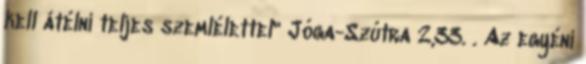
kell átélni teljes szemlélettel" Jóga-Szútra 2,33. . Az egyéni